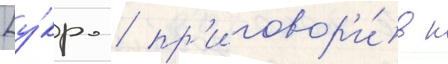
[у́кр. / пр'иговор'и́в к